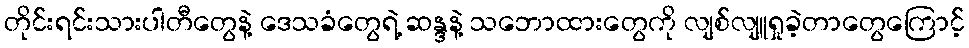
တိုင်းရင်းသားပါတီတွေနဲ့ ဒေသခံတွေရဲ့ ဆန္ဒနဲ့ သဘောထားတွေကို လျစ်လျူရှုခဲ့တာတွေကြောင့်